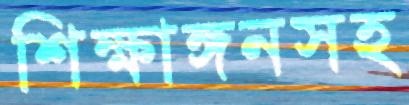
শিক্ষাঙ্গনসহ